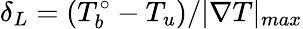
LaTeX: \delta_{L}=(T_{b}^{\circ}-T_{u})/|\nabla T|_{max}